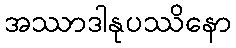
အဿာဒါနုပဿိနော